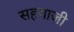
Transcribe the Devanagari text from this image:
सहयाजी